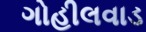
ગોહીલવાડ